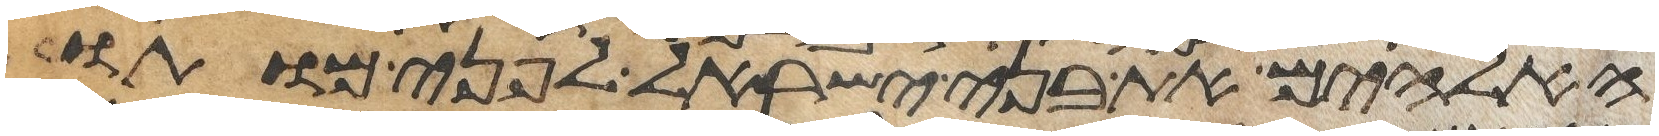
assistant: האלהים את בני ישראל לפני מותו